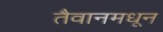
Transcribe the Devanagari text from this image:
तैवानमधून